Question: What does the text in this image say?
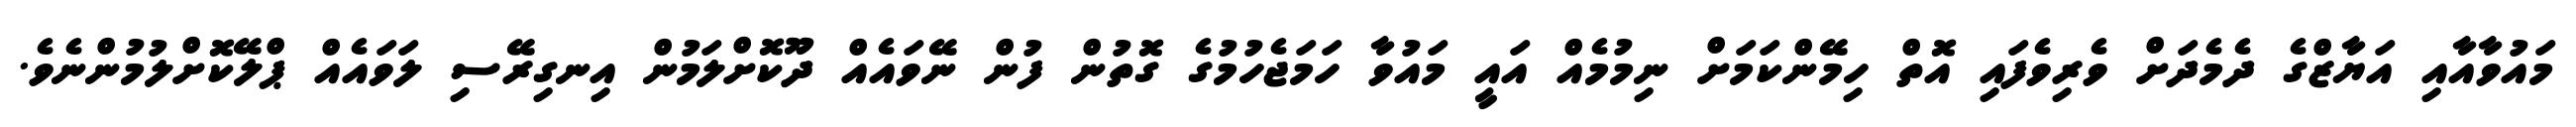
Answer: މައުވާއާއި އަޔާޒްގެ ދެމެދަށް ވެރިވެފައި އޮތް ހިމޭންކަމަށް ނިމުމެއް އައީ މައުވާ ހަމަޖެހުމުގެ ގޮތުން ފުން ނޭވައެއް ދޫކޮށްލަމުން އިނގިރޭސި ލަވައެއް ޕްލޭކޮށްލުމުންނެވެ.